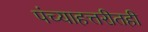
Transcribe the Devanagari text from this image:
पंच्याहत्तरीतही